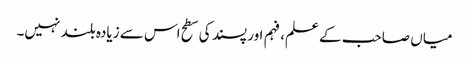
میاں صاحب کے علم، فہم اور پسند کی سطح اس سے زیادہ بلند نہیں۔